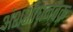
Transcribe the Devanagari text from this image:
अंशशोधनवक्र